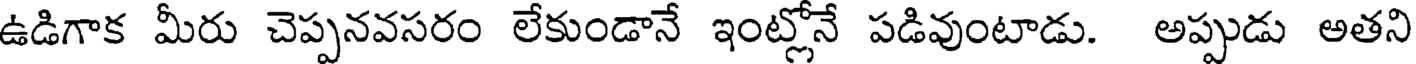
ఉడిగాక మీరు చెప్పనవసరం లేకుండానే ఇంట్లోనే పడివుంటాడు. అప్పుడు అతని